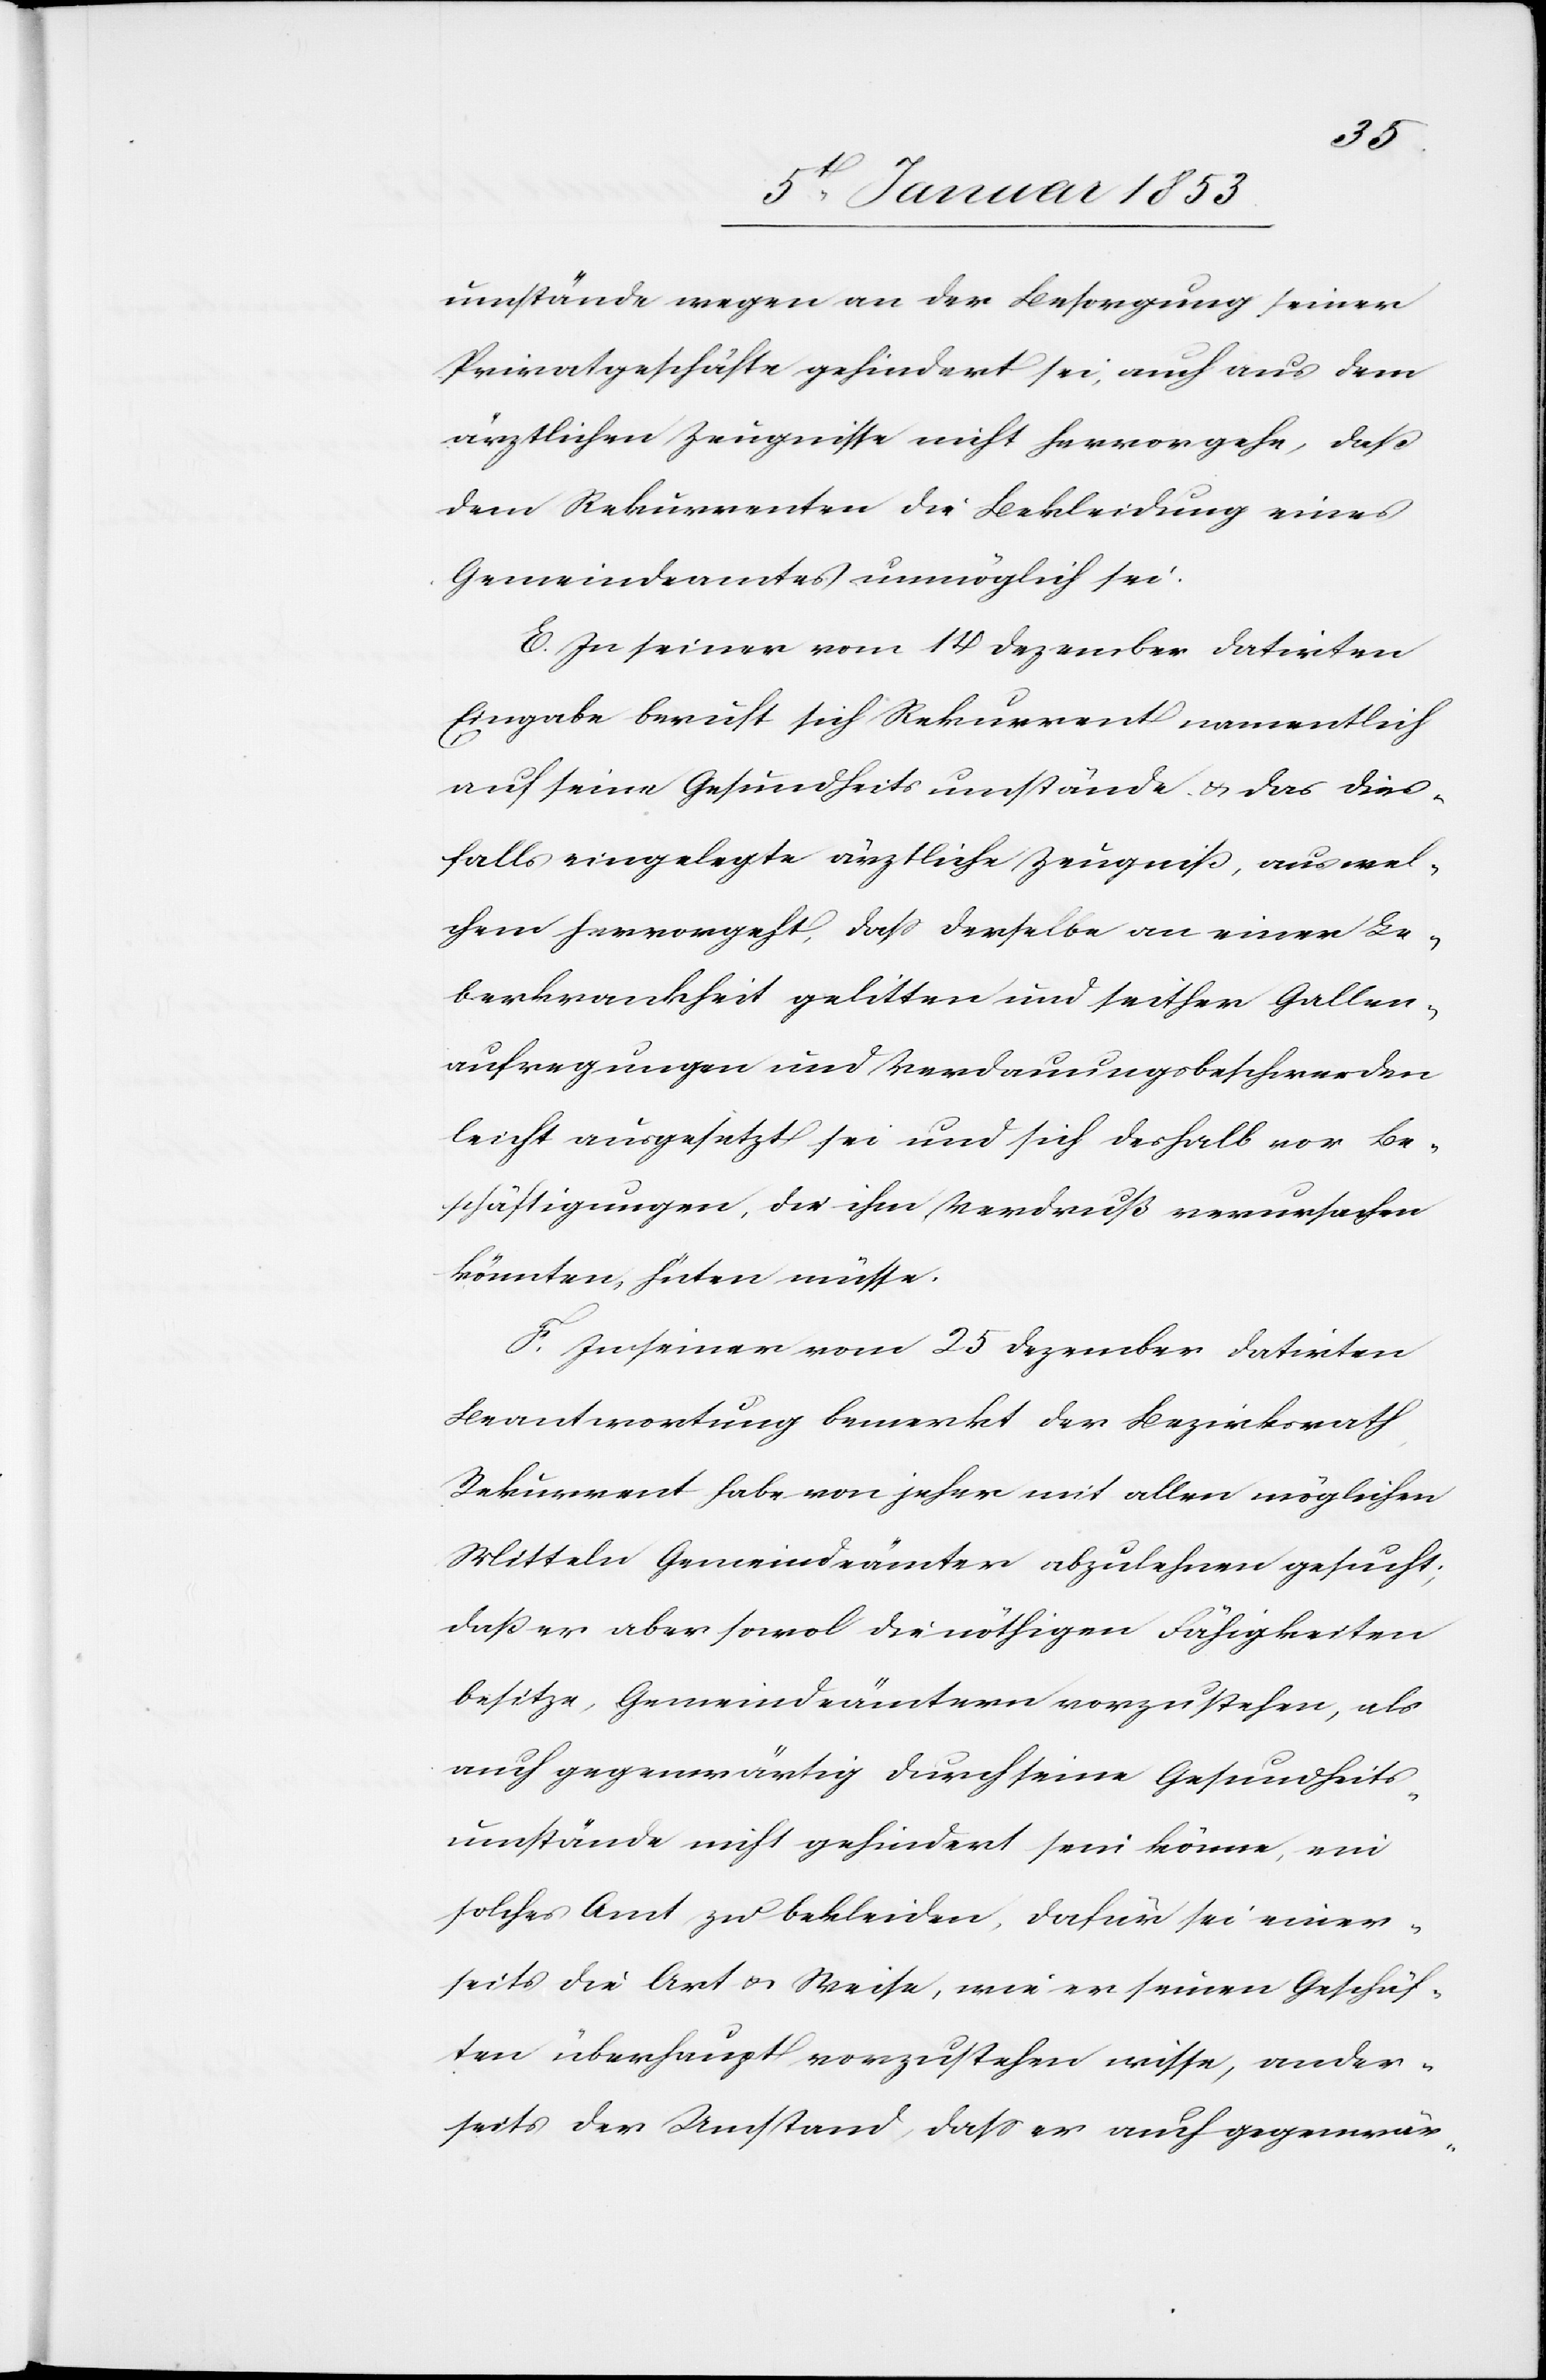
umstände wegen an der Besorgung seiner
Privatgeschäfte gehindert sei, auch aus dem
ärztlichen Zeugnisse nichts hervorgehe, dass
dem Rekurrenten die Bekleidung eines
Gemeindeamtes unmöglich sei.
E. In seiner vom 14 Dezember datirten
Eingabe beruft sich Rekurrent namentlich
auf seine Gesundheitsumstände u. das dies¬
falls eingelegte ärztliche Zeugniss, aus wel¬
chem hervorgeht, dass derselbe an einer Le¬
berkrankheit gelitten und seither Gallen¬
aufregungen und Verdauungsbeschwerden
leicht ausgesetzt sei und sich deshalb vor Be¬
schäftigungen, die ihm Verdruß verursachen
könnten, hüten müsse.
F. In seiner vom 25 Dezember datirten
Beantwortung bemerkt der Bezirksrath
Rekurrent habe von jeher mit allen möglichen
Mitteln Gemeindeämter abzulehnen gesucht,
daß er aber sowol die nöthigen Fähigkeiten
besitze, Gemeindeämtern vorzustehen, als
auch gegenwärtig durch seine Gesundheits¬
umstände nicht gehindert sein könne, ein
solches Amt zu bekleiden, dafür sei einer¬
seits die Art u. Weise, wie er seinen Geschäf¬
ten überhaupt vorzustehen wisse, ander¬
seits der Umstand dass er auch gegenwär-